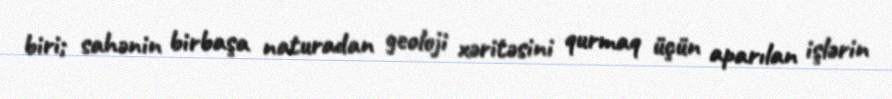
biri; sahənin birbaşa naturadan geoloji xəritəsini qurmaq üçün aparılan işlərin